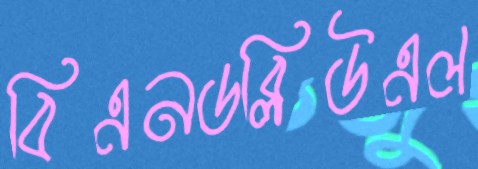
বিএনডব্লিউএল